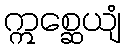
ဣစ္ဆေယျံ